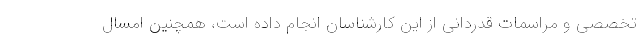
تخصصی و مراسمات قدردانی از این کارشناسان انجام داده است، همچنین امسال